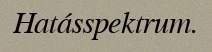
Hatásspektrum.